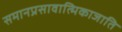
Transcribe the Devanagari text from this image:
समानप्रसावात्मिकाजाति